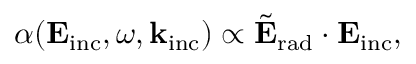
\alpha ( \mathbf { E } _ { \mathrm { { i n c } } } , \omega , \mathbf { k } _ { \mathrm { { i n c } } } ) \propto \tilde { \mathbf { E } } _ { \mathrm { { r a d } } } \cdot \mathbf { E } _ { \mathrm { { i n c } } } ,